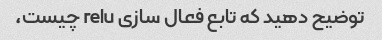
توضیح دهید که تابع فعال سازی relu چیست،